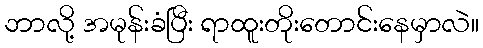
ဘာလို့ အမုန်းခံပြီး ရာထူးတိုးတောင်းနေမှာလဲ။